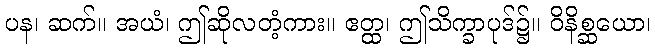
ပန၊ ဆက်။ အယံ၊ ဤဆိုလတံ့ကား။ ဧတ္ထ၊ ဤသိက္ခာပုဒ်၌။ ဝိနိစ္ဆယော၊